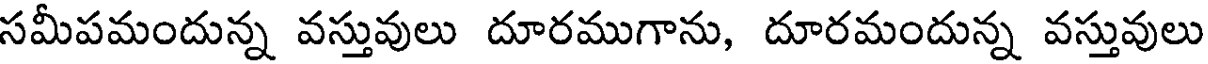
సమీపమందున్న వస్తువులు దూరముగాను, దూరమందున్న వస్తువులు